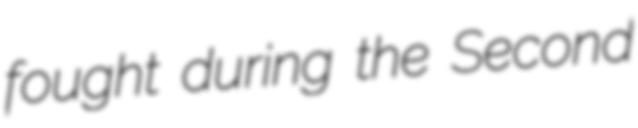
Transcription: fought during the Second